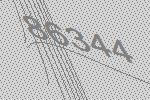
86344